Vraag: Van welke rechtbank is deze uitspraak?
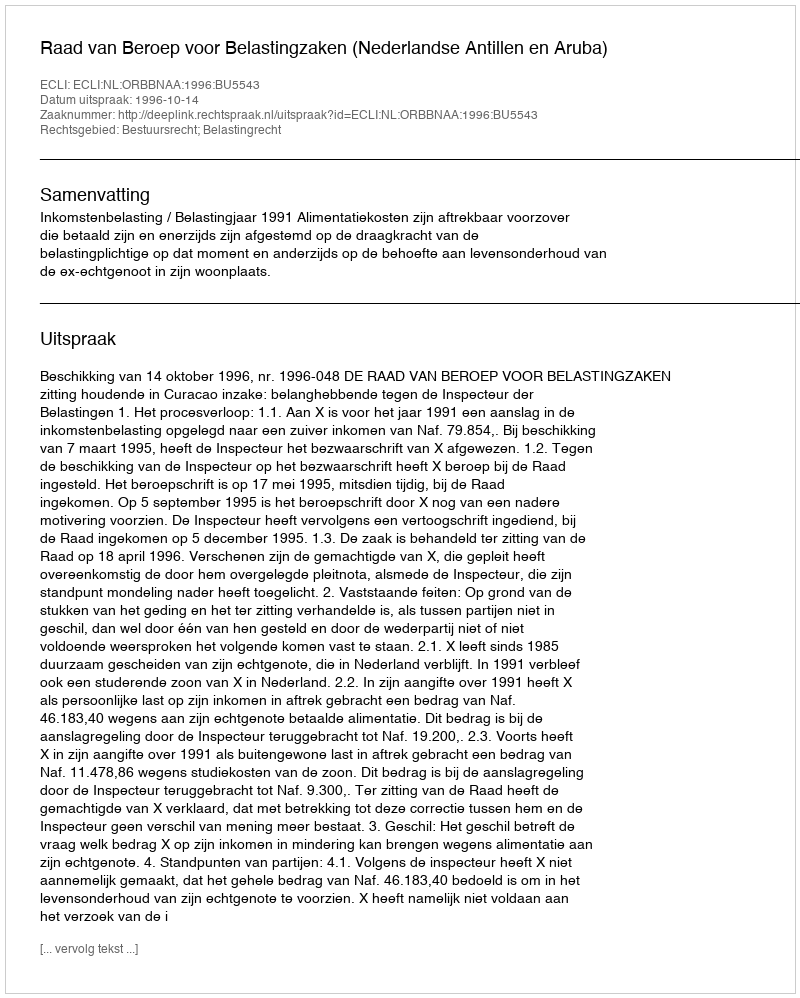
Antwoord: Raad van Beroep voor Belastingzaken (Nederlandse Antillen en Aruba)